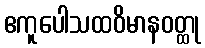
ဧကူပေါသထဝိမာနဝတ္ထု